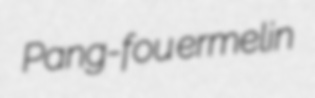
Pang-fou ermelin